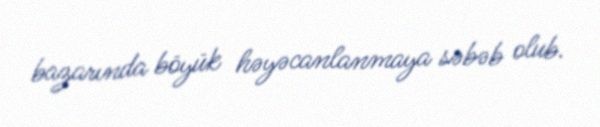
bazarında böyük həyəcanlanmaya səbəb olub.